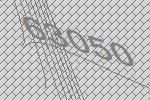
63050